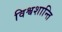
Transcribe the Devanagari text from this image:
विश्वशान्ति